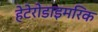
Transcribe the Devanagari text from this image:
हेटेरोडाइमरिक